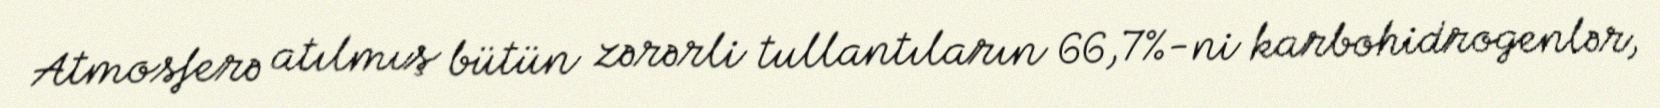
Atmosferə atılmış bütün zərərli tullantıların 66,7%-ni karbohidrogenlər,